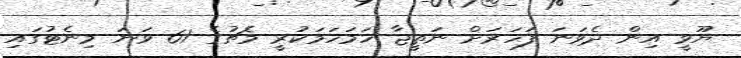
ޔޫވީ އިން ދެވަނަ ފަހަރަށް ނަތީޖާ ހަމަހަމަކުރީ މެޗުގެ 61 ވަނަ މިނެޓުގައި